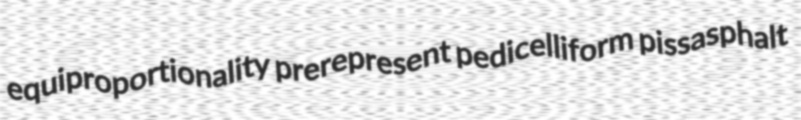
equiproportionality prerepresent pedicelliform pissasphalt